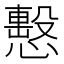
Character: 𢢞